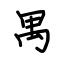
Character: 禺